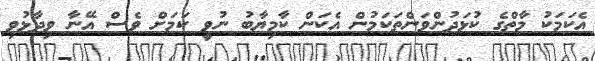
އެކަމަކު މާތްގެ ކުޅަދުންވަންތަކަމުން އެކަން ކާމިޔާބު ނުވީ ކަމަށް ވެސް އޭނާ ވިދާޅުވި